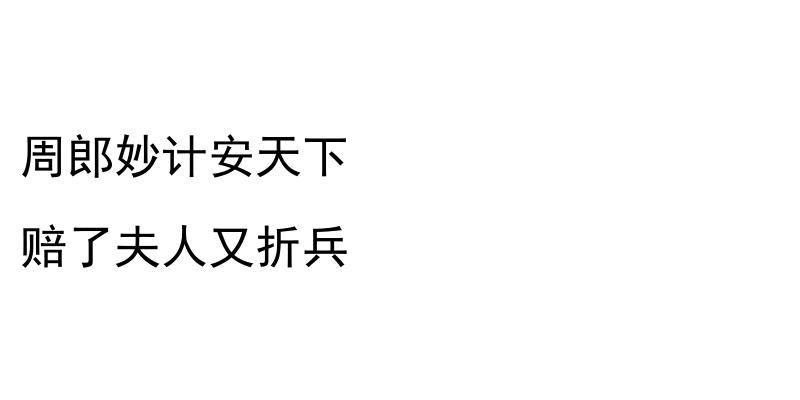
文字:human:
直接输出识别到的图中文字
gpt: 周郎妙计安天下 赔了夫人又折兵